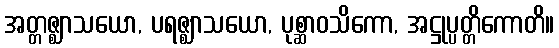
အတ္တဇ္ဈာသယော, ပရဇ္ဈာသယော, ပုစ္ဆာဝသိကော, အဋ္ဌုပ္ပတ္တိကောတိ။